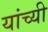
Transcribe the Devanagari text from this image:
यांच्यी